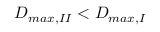
D _ { m a x , I I } < D _ { m a x , I }